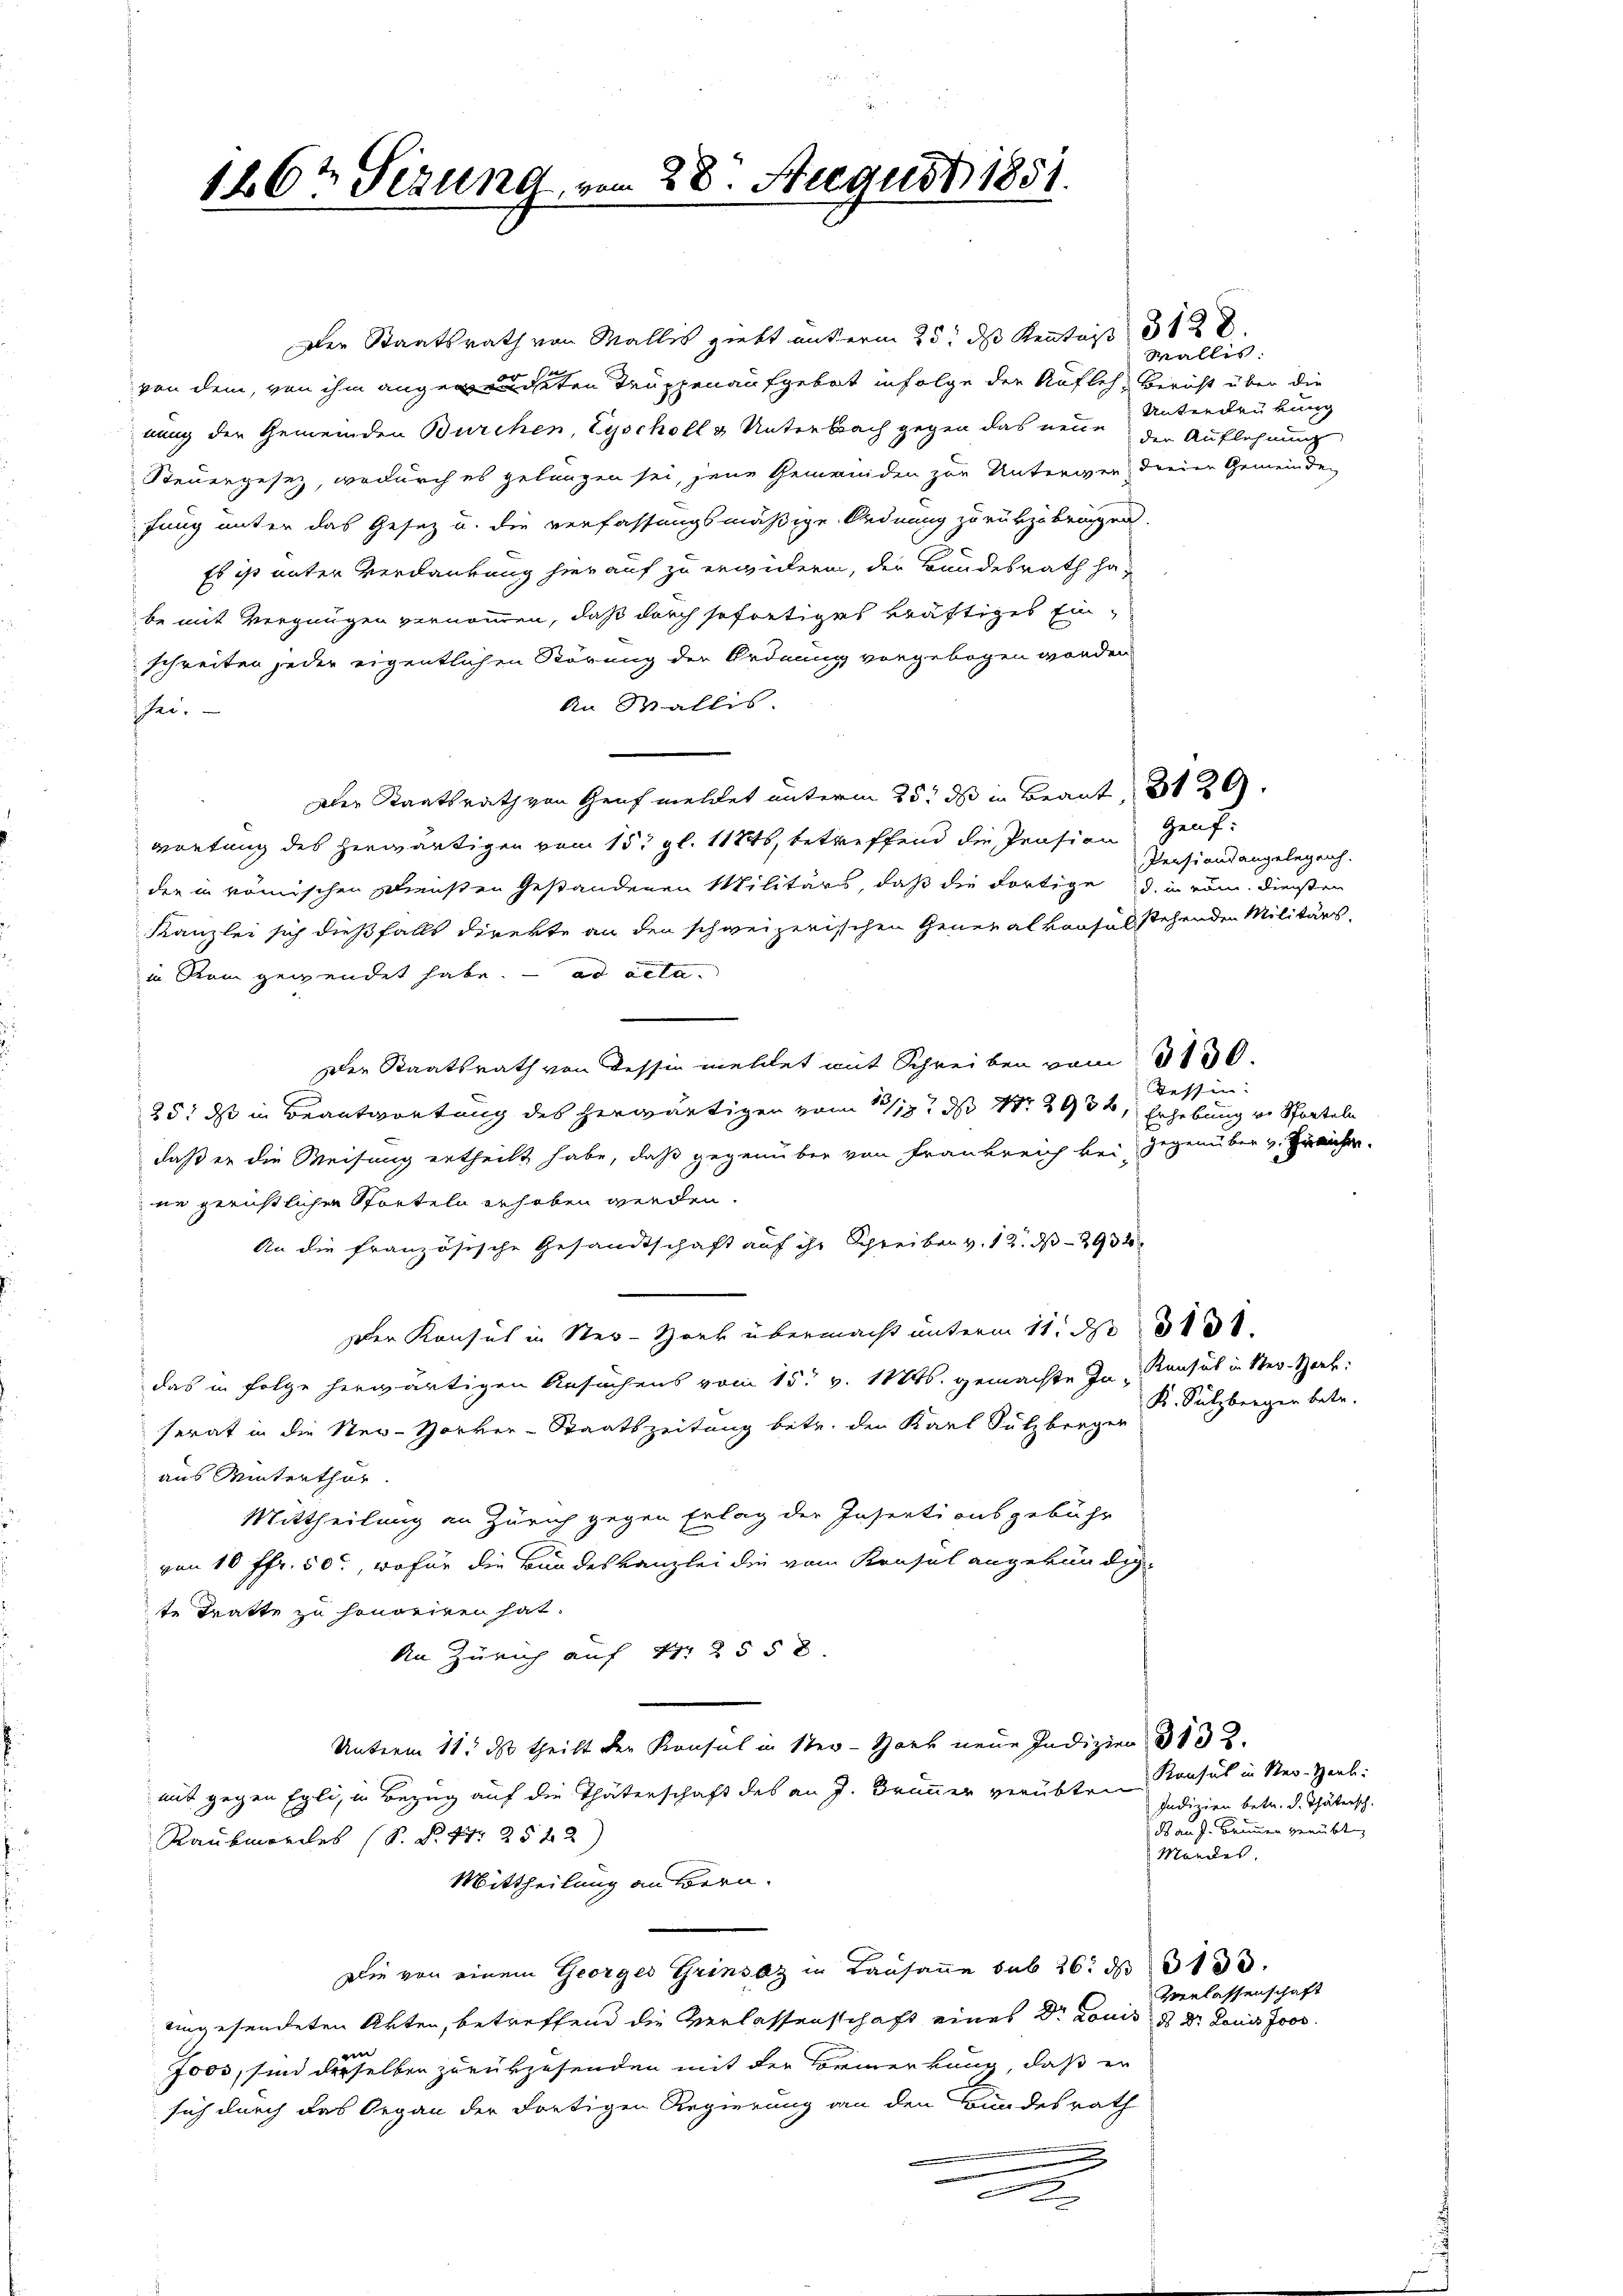
126t Sizung

28. August 1851.

Der Staatsrath von Wallis giebt unterm 25. ds Kennt 12 x
von dem, von ihm angendeten Truppenaufgebot infolge der Aufleh Bericht über die
nung der Gemeinden Bürchen, Tyscholl & Unterbach gegen das neue der Auflehnung
Steuergesetz, wodurch es gelungen sei, jene Gemeinden zur Unterwen, dreien Gemeinde
fung unter das Gesez u. die verfassungsmäßige Ordnung zurükzubringen.
Es ist unter Verdankung hier auf zu erwidern, der Bundesrath ha-
be mit Vergnügen vernommen, daß durch sofortiges kräftiges Einschreiten jeder eigentlichen Störung der Ordnung vorgebogen worden
An Wallis.
sei.
Der Staatsrath von Genf meldet unterm 25. ds in Beant, 3129.
wortung des herwärtigen vom 15. gl. 11846, betreffend die Prasien Genfder in römischen Diensten Gestandenen Militärs, daß die dortige d. in röm. diesen
Kanzlei sich dießfalls direkte an den schweizerischen Generalkonsul stehenden Militärs.
in Rom gewendet habe. ad acta
Der Staatsrath von dessin mehlet mit Schreiben vom 3150.
25: ds in Beantwortung des herwärtigen vom 17/19. ds Nr. 2936, Erhebung von Sporteln
daß er die Weisung ertheilt habe, daß gegenüber von Frankreich bei, gegenüber v. Freihen.
ne gerichtlichen Storteln erhoben werden.
An die französische Gesandtschaft auf ihr Schreiben v. 12. d. 293
Der Konsul in Ster-Hork übermacht unterm 11. d. 1810.
das in Folge herwärtigen Ansuchens vom 15t v. 11446. gemachte In- Konsul in Ster-Hork:
ferat in die Neu-Horker-Staatszeitung betr. den Karl Sulzberger
aus Winterthur.
Mittheilung an Zürich gegen Erlag der Inserti ausgebühr
von 10 ffr. 50, wofür die Bundeskanzlei die vom Konsel angekündig-
te Tratte zu honoriren hat.
An Zürich auf Nr. 2558.
Unterm 11. ds. theilt der Konsul in Ster-Hort neue Indizien 3132.
mit gegen Egli, in Bezug auf die Thäterschaft des an J. Brunner verübten Konsul in Ner-Harb:
Raubmordes (S. S. 47. 2522)
Mittheilung an Bern.
Die von einem Georges Grinsaz in Lausanne sub 26. d. 3133.
eingesendeten Akten, betreffend die Verlassenschaft eines Dr. Louis d. Dr Louis Joos
7000, sind derselben zurükzusenden mit der Vormerkung, daß er
sich durch das Organ der dortigen Regierung an den Bundesrath

Malles:
Unterdrükung

Pensionsangelegenh

Tessin:

K. Sulzberger betr.

Indizien betr. d. Thätersch
ds an J. Brunnen genübt,
Mordes,

Verlassenschaft